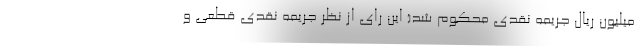
میلیون ریال جریمه نقدی محکوم شد( این رای از نظر جریمه نقدی قطعی و